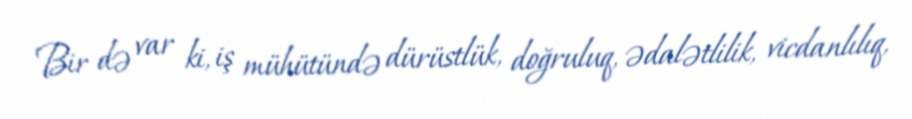
Bir də var ki, iş mühütündə dürüstlük, doğruluq, ədalətlilik, vicdanlılıq,